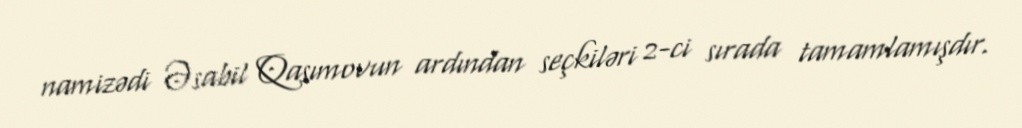
namizədi Əsabil Qasımovun ardından seçkiləri 2-ci sırada tamamlamışdır.